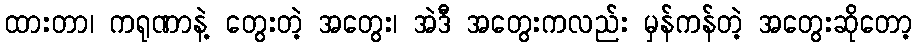
ထားတာ၊ ကရုဏာနဲ့ တွေးတဲ့ အတွေး၊ အဲဒီ အတွေးကလည်း မှန်ကန်တဲ့ အတွေးဆိုတော့